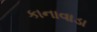
કાનાવાડા